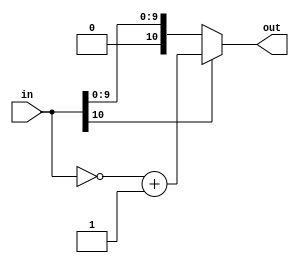
module ABS(in, out);

	input [10:0] in;
	output [10:0] out;
	
	assign out = in[10] ? ~in+1 : in;
	
endmodule